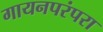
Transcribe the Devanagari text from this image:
गायनपरंपरा